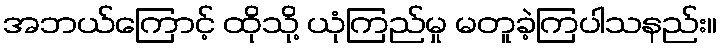
အဘယ်ကြောင့် ထိုသို့ ယုံကြည်မှု မတူခဲ့ကြပါသနည်း။